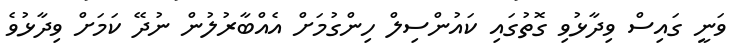
ވަނީ ގައިސް ވިދާޅުވި ގޮތުގައި ކައުންސިލް ހިންގުމަށް އެއްބާރުލުން ނުދޭ ކަމަށް ވިދާޅުވެ